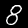
Label: 8